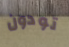
تودون